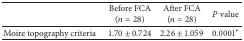
|  | Before FCA (n = 28) | After FCA (n = 28) | P value |
 | --- | --- | --- | --- |
 | Moire topography criteria | 1.70 ± 0.724 | 2.26 ± 1.059 | 0.0001* |